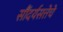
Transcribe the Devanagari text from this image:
सौंदर्यसत्तेचे